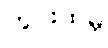
ကွင်းထဲမှ